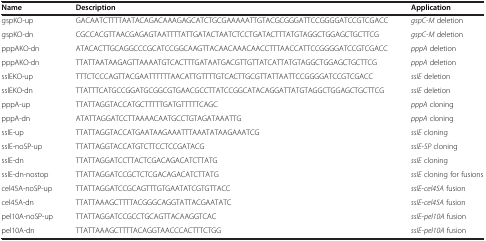
<table><thead><tr><td><b>Name</b></td><td><b>Description</b></td><td><b>Application</b></td></tr></thead><tbody><tr><td>gspKO-up</td><td>GACAATCTTTTAATACAGACAAAGAGCATCTGCGAAAAATTGTACGCGGGATTCCGGGGATCCGTCGACC</td><td><i>gspC-M</i> deletion</td></tr><tr><td>gspKO-dn</td><td>CGCCACGTTAACGAGAGTAATTTTATTGATACTAATCTCCTGATACTTTATGTAGGCTGGAGCTGCTTCG</td><td><i>gspC-M</i> deletion</td></tr><tr><td>pppAKO-dn</td><td>ATACACTTGCAGGCCCGCATCCGGCAAGTTACAACAAACAACCTTTAACCATTCCGGGGATCCGTCGACC</td><td><i>pppA</i> deletion</td></tr><tr><td>pppAKO-dn</td><td>TTATTAATAAGAGTTAAAATGTCACTTTGATAATGACGTTGTTATCATTATGTAGGCTGGAGCTGCTTCG</td><td><i>pppA</i> deletion</td></tr><tr><td>sslEKO-up</td><td>TTTCTCCCAGTTACGAATTTTTTAACATTGTTTTGTCACTTGCGTTATTAATTCCGGGGATCCGTCGACC</td><td><i>sslE</i> deletion</td></tr><tr><td>sslEKO-dn</td><td>TTATTTCATGCCGGATGCGGCGTGAACGCCTTATCCGGCATACAGGATTATGTAGGCTGGAGCTGCTTCG</td><td><i>sslE</i> deletion</td></tr><tr><td>pppA-up</td><td>TTATTAGGTACCATGCTTTTTGATGTTTTTCAGC</td><td><i>pppA</i> cloning</td></tr><tr><td>pppA-dn</td><td>ATATTAGGATCCTTAAAACAATGCCTGTAGATAAATTG</td><td><i>pppA</i> cloning</td></tr><tr><td>sslE-up</td><td>TTATTAGGTACCATGAATAAGAAATTTAAATATAAGAAATCG</td><td><i>sslE</i> cloning</td></tr><tr><td>sslE-noSP-up</td><td>TTATTAGGTACCATGTCTTCCTCCGATACG</td><td><i>sslE-SP</i> cloning</td></tr><tr><td>sslE-dn</td><td>TTATTAGGATCCTTACTCGACAGACATCTTATG</td><td><i>sslE</i> cloning</td></tr><tr><td>sslE-dn-nostop</td><td>TTATTAGGATCCGCTCTCGACAGACATCTTATG</td><td><i>sslE</i> cloning for fusions</td></tr><tr><td>cel45A-noSP-up</td><td>TTATTAGGATCCGCAGTTTGTGAATATCGTGTTACC</td><td><i>sslE-cel45A</i> fusion</td></tr><tr><td>cel45A-dn</td><td>TTATTAAAGCTTTTACGGGCAGGTATTACGAATATC</td><td><i>sslE-cel45A</i> fusion</td></tr><tr><td>pel10A-noSP-up</td><td>TTATTAGGATCCGCCTGCAGTTACAAGGTCAC</td><td><i>sslE-pel10A</i> fusion</td></tr><tr><td>pel10A-dn</td><td>TTATTAAAGCTTTTACAGGTAACCCACTTTCTGG</td><td><i>sslE-pel10A</i> fusion</td></tr></tbody></table>